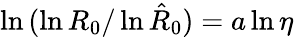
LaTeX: \ln{(\ln{R_{0}}/\ln{\hat{R}_{0}})}=a\ln{\eta}